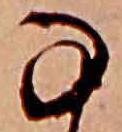
な